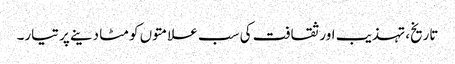
تاریخ، تہذیب اور ثقافت کی سب علامتوں کو مٹا دینے پر تیار۔